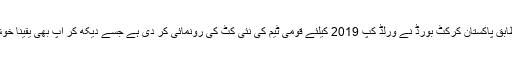
تفصیلات کے مطابق پاکستان کرکٹ بورڈ نے ورلڈ کپ 2019 کیلئے قومی ٹیم کی نئی کٹ کی رونمائی کر دی ہے جسے دیکھ کر آپ بھی یقینا خوش ہو جائیں گے ۔